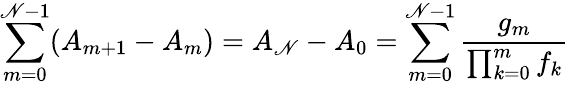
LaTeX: \sum_{m=0}^{\mathscr{N}-1}(A_{m+1}-A_{m})=A_{\mathscr{N}}-A_{0}=\sum_{m=0}^{\mathscr{N}-1}{\frac{{g_{m}}}{{\prod_{k=0}^{m}f_{k}}}}